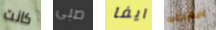
كانت صبى ايفا سفينه